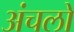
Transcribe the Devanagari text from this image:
अंचलो